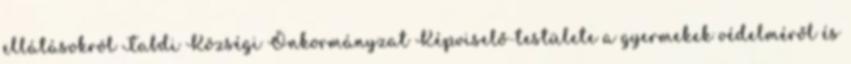
ellátásokról Tabdi Községi Önkormányzat Képviselő-testülete a gyermekek védelméről és